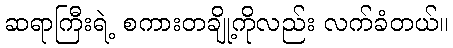
ဆရာကြီးရဲ့ စကားတချို့ကိုလည်း လက်ခံတယ်။